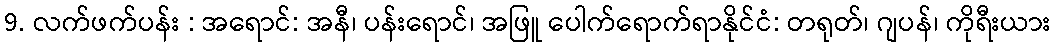
9. လက်ဖက်ပန်း : အရောင်: အနီ၊ ပန်းရောင်၊ အဖြူ ပေါက်ရောက်ရာနိုင်ငံ: တရုတ်၊ ဂျပန်၊ ကိုရီးယား